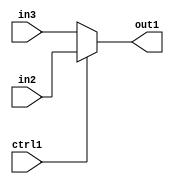
`timescale 1ps / 1ps
/*****************************************************************************
    Verilog RTL Description
    
    
    Created by: Stratus DpOpt 21.05.01 
*******************************************************************************/

module dut_N_Muxb_1_2_16_4 (
	in3,
	in2,
	ctrl1,
	out1
	); /* architecture "behavioural" */ 
input  in3,
	in2,
	ctrl1;
output  out1;
wire  asc001;

reg [0:0] asc001_tmp_0;
assign asc001 = asc001_tmp_0;
always @ (ctrl1 or in2 or in3) begin
	case (ctrl1)
		1'B1 : asc001_tmp_0 = in2 ;
		default : asc001_tmp_0 = in3 ;
	endcase
end

assign out1 = asc001;
endmodule

/* CADENCE  uLH2TQ4= : u9/ySxbfrwZIxEzHVQQV8Q== ** DO NOT EDIT THIS LINE ******/